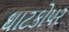
ઘાટકોપર